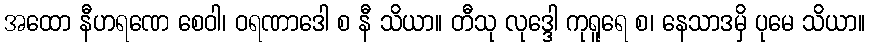
အထော နီဟရဏေ စေဝါ၊ ဝရဏာဒေါ စ နီ သိယာ။ တီသု လုဒ္ဒေါ ကုရူရေ စ၊ နေသာဒမှိ ပုမေ သိယာ။